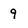
Character: 9